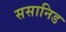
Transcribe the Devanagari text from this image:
ससानिड